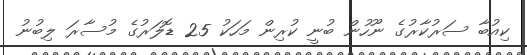
ކިއުބާ ސަރުކާރުގެ ނޫހުން ބުނީ ކުރިން މަހަކު 25 ޑޮލަރުގެ މުސާރަ ލިބުނު